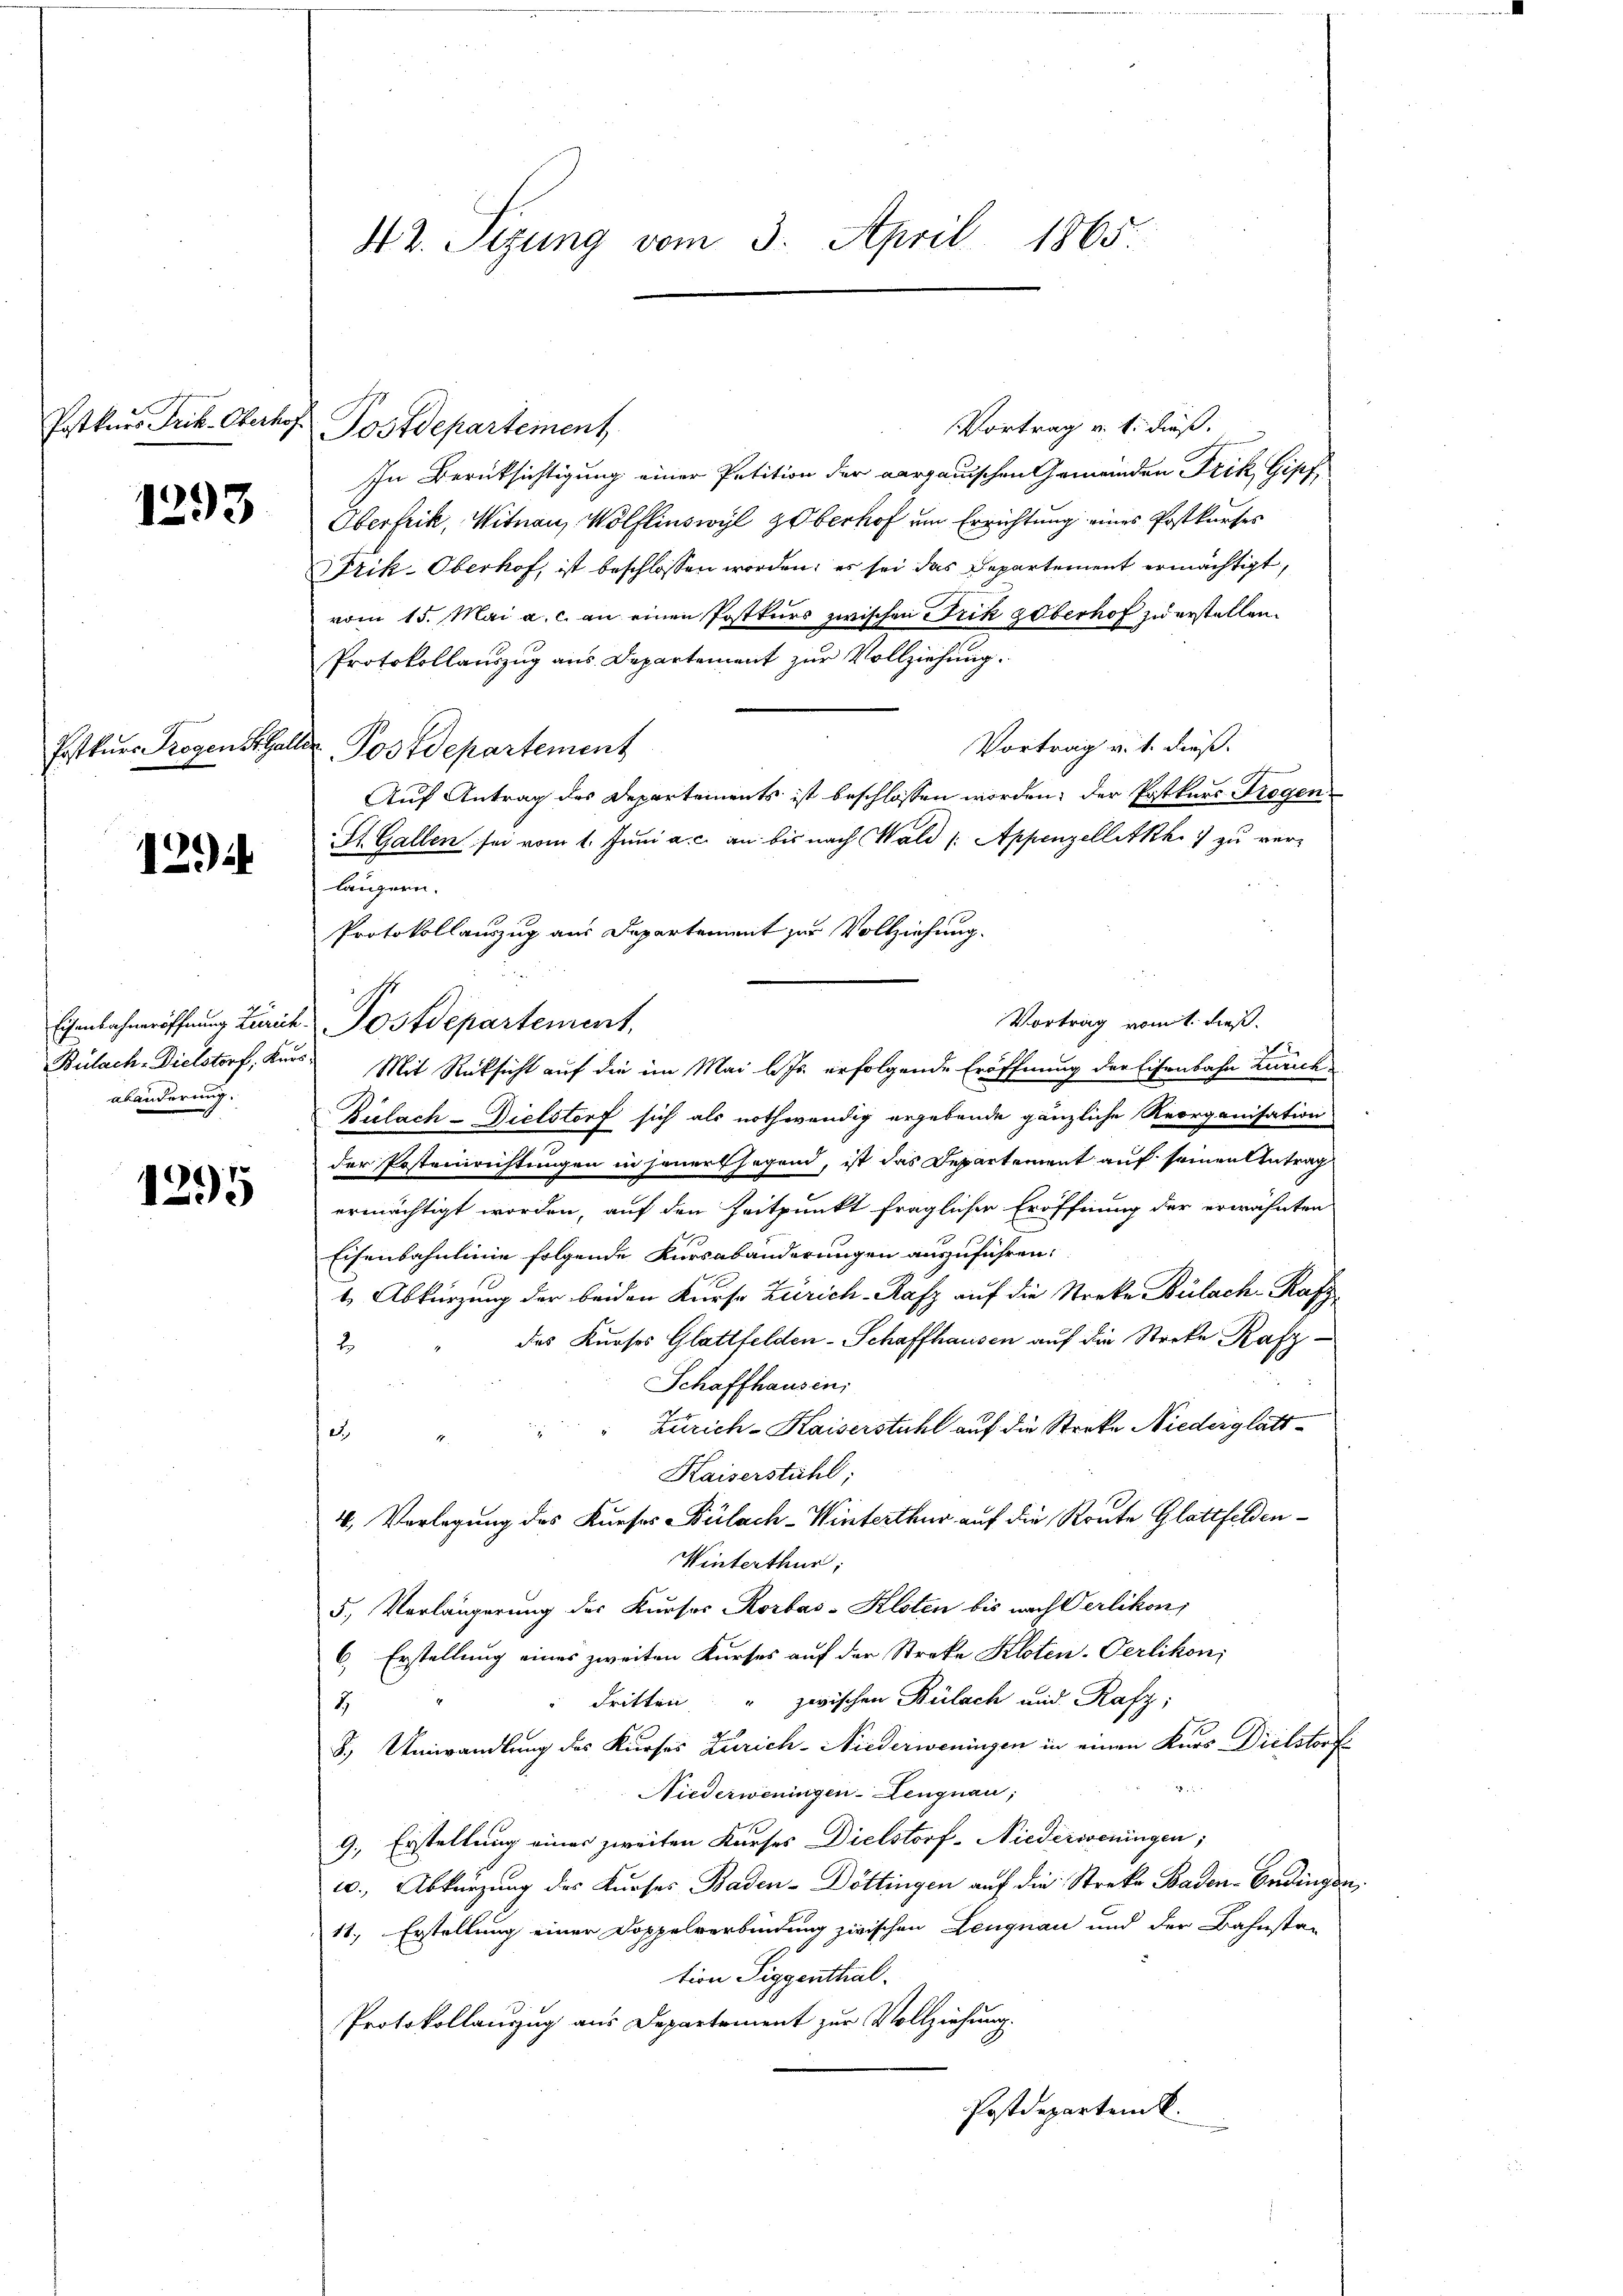
Postkurs Frik. Oberhof

1293

Erstkurs Progen St. Gal

129

Eisenbahneröffnung Zürich
Bülach- Dielstorf, Kür
abänderung.

1295

42. Sizung vom 3. April 1865

Vortrag v. 1. dieß.
Postdepartement
In Berücksichtigung einer Petition der aargauischen Gemeinden Frik, Gipf
Oberfrik, Witnau, Wölflinswyl Oberhof um Errichtung eines Postkurses
rik-Oberhof, ist beschlossen worden; es sei das Departement ermächtigt,
vom 15. Mai a. c. an einen Postkurs zwischen Frik Zoberhof zu erstellen.
Protokollauszug aus Departement zur Vollziehung.
Vortrag v. 1. dieß.
 Postdepartement
Auf Antrag des Departements ist beschlossen worden; der Postkurs Trogen
St. Gallen sei vom 1. Juni a. c. an bis nach Wald /: Appenzelletkh zu verlängern.
Protokollauszug aus Departement zur Vollziehung.
Vortrag vom 1. dieß
Postdepartement,
Mit Rücksicht auf die im Mai l. Js. erfolgende Eröffnung der Eisenbahn Zürich
Bulach–Dielstorf sich als nothwendig ergebende gänzliche Reorganisation
der Posteirichtungen in jeners sagend, ist das Departement auf seinen Antrag
ermächtigt worden, auf den Zeitpunkt fraglicher Eröffnung der erwähnten
Eisenbahnlinie folgende Kursabänderungen auszuführen:
t. Abkürzung der beiden Kurse Zürich-Rafz auf die Streke Bülach-Kafz
des Kurses Glattfelden-Schaffhausen auf die Stecke Kasz¬
2
Schaffhausen,
Zürich-Kaiserstuhl auf die Streke Niederglatt¬
2
Kaiserstühl;
4. Vorlegung des Kurses Bülach–Winterthur auf die Konte Glattfelden¬
Winterthur;
5., Vorlängerung des Kursos Korbas-Kloten bis nach Verlikon,
6. Erstellung eines zweiten Kurses auf der Streke Kloten-Verlikon,
dritten " zwischen Bülach und Rafz,
4
8.) Umwandlung des Kurses Zürich-Niederweningen in einen Kurs Dielstorf
8
Niederweningen-Lengnau,
9. Erstellung eines zweiten Kurses Dielstorf-Niederoseningen;
u., Abkürzung des Kurses Baden-Döttingen auf die Streke Baden-Endingen,
11.) Erstellung einer Doppelverbindung zwischen Lengnau und der Bahnsta-
tion Siggenthal.
Protokollauszug aus Departement zur Vollziehung.
Postdepartenk